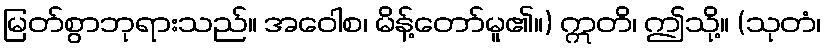
မြတ်စွာဘုရားသည်။ အဝေါစ၊ မိန့်တော်မူ၏။) ဣတိ၊ ဤသို့။ (သုတံ၊